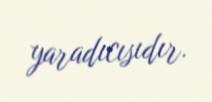
yaradıcısıdır.